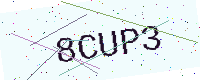
Text: 8CUP3